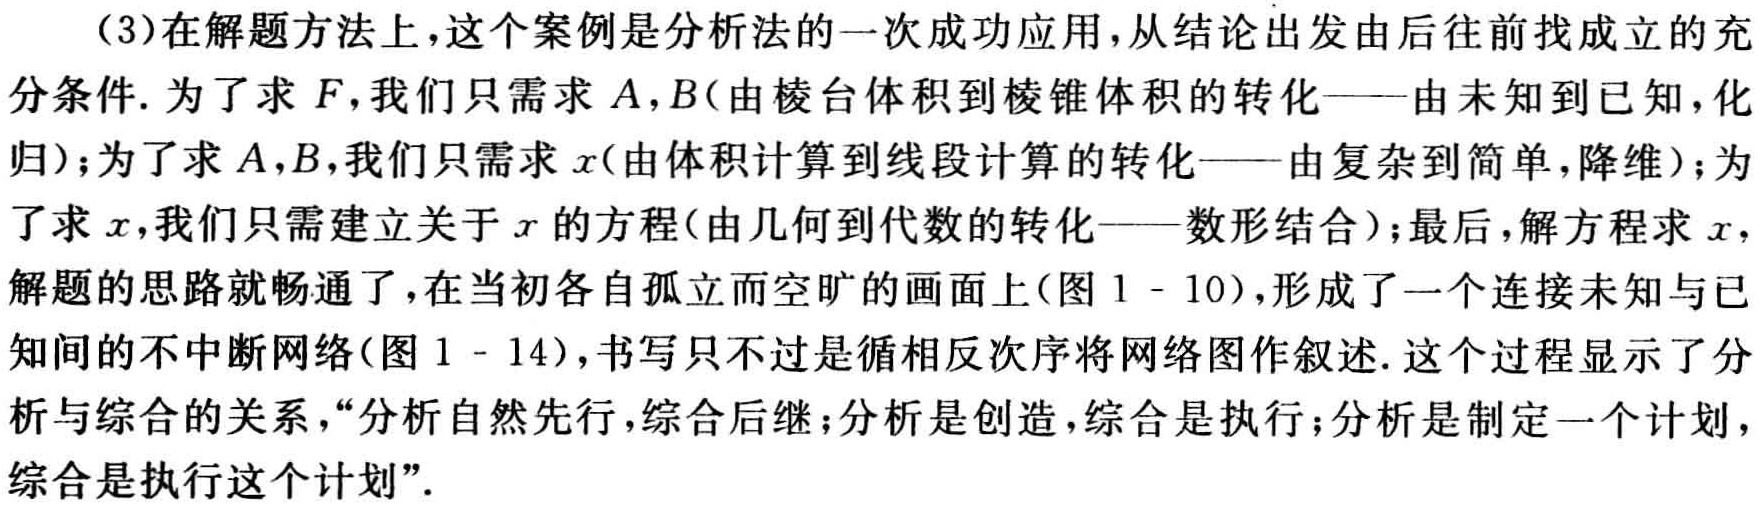
（3）在解题方法上，这个案例是分析法的一次成功应用，从结论出发由后往前找成立的充分条件. 为了求 \(F\)，我们只需求 \(A,B\)（由棱台体积到棱锥体积的转化——由未知到已知，化归）；为了求 \(A,B\)，我们只需求 \(x\)（由体积计算到线段计算的转化——由复杂到简单，降维）；为了求 \(x\)，我们只需建立关于 \(x\) 的方程（由几何到代数的转化——数形结合）；最后，解方程求 \(x\)，解题的思路就畅通了，在当初各自孤立而空旷的画面上（图 \(1 - 10\)），形成了一个连接未知与已知间的不中断网络（图 \(1 - 14\)），书写只不过是循相反次序将网络图作叙述. 这个过程显示了分析与综合的关系，“分析自然先行，综合后继；分析是创造，综合是执行；分析是制定一个计划，综合是执行这个计划”.